Leprosy in India: report of the Leprosy Commission in India, 1890-91
Year: 1890
Disease focus: Leprosy
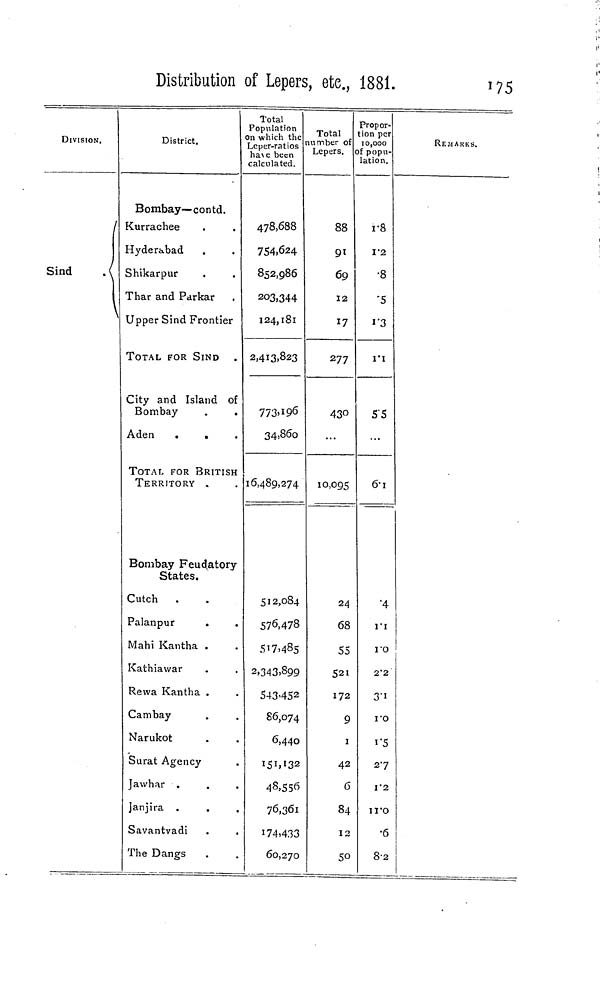
Distribution of Lepers, etc, 1881.
175
DIVISION,
Sind
District.
Bombay—contd.
•Currachee
.
Hyderabad
Shikarpur
.
?har and Parkar
Jpper Sind Frontier
TOTAL FOR SIND
City and Island of
Bombay
.
.
Aden
TOTAL FOR BRITISH
TERRITORY .
Bombay Feudatory
States.
Cutch
Palanpur
.
Mahi Kantha .
Kathiawar
Rewa Kantha .
Cambay
Narukot
Surat Agency
Javvhar .
Janjira
Savantvadi
The Dangs
Total
Population
on which the
Leper-ratios
ha\e been
calculated.
478,688
754,624
852,986
203,344
I24,l8l
2,413,823
773.I96
34,860
16,489,274
512,08.)
576,47?
SI7.48;
2,343»89S
543452
86,076
,44<
I5M3
4§>55
76,36
174,43
60,27
Total
number of
Lepers,
88
9'
69
12
17
277
43°1
0,095
24
6?
5 =
52'
172
c
4-
(
8
1
5
Propor-
tion per
10,000
of popu-
lation.
r8
1*2
•8
'5
1'3
I'I
55
6-i
"4
n
re
2'i
i
3'
)
re
2
2 1
5
r
1
II-
2
3
8'
REMARKS.
)
J
)
7
2
5
2